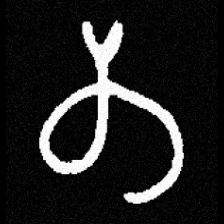
Pyu character \u2014 Myanmar letter: တ (romanized: ta)